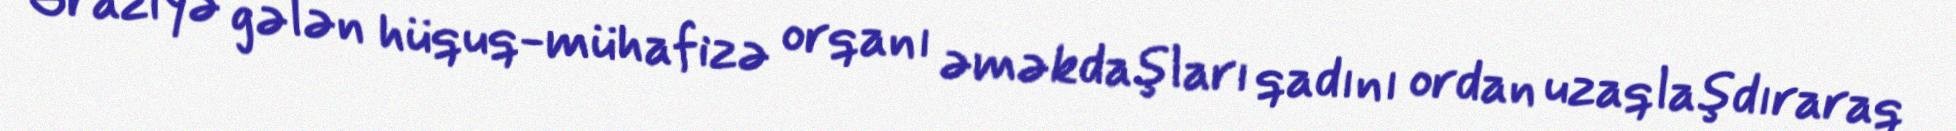
Əraziyə gələn hüquq-mühafizə orqanı əməkdaşları qadını ordan uzaqlaşdıraraq